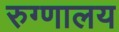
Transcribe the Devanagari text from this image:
रुग्‍णालय